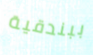
ببندقية